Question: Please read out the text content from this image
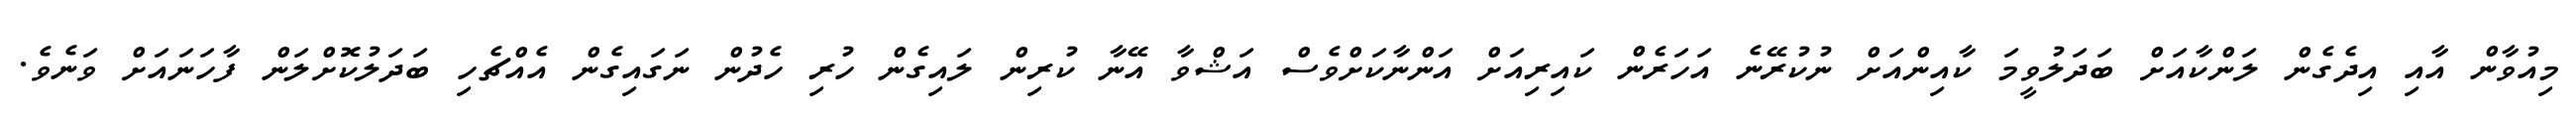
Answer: މިއުވާން އާއި އިދެގެން ލަންކާއަށް ބަދަލުވީމަ ކާއިންއަށް ނުކުރޭނެ އަހަރެން ކައިރިއަށް އަންނާކަށްވެސް އަޝްވާ އޭނާ ކުރިން ލައިގެން ހުރި ހެދުން ނަގައިގެން އެއްޗެހި ބަދަލުކޮށްލަން ފާހަނައަށް ވަނެވެ.